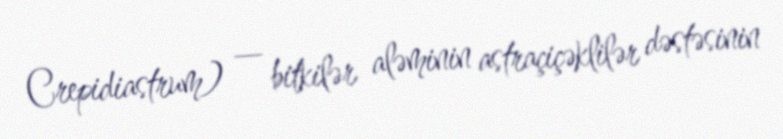
Crepidiastrum) — bitkilər aləminin astraçiçəklilər dəstəsinin